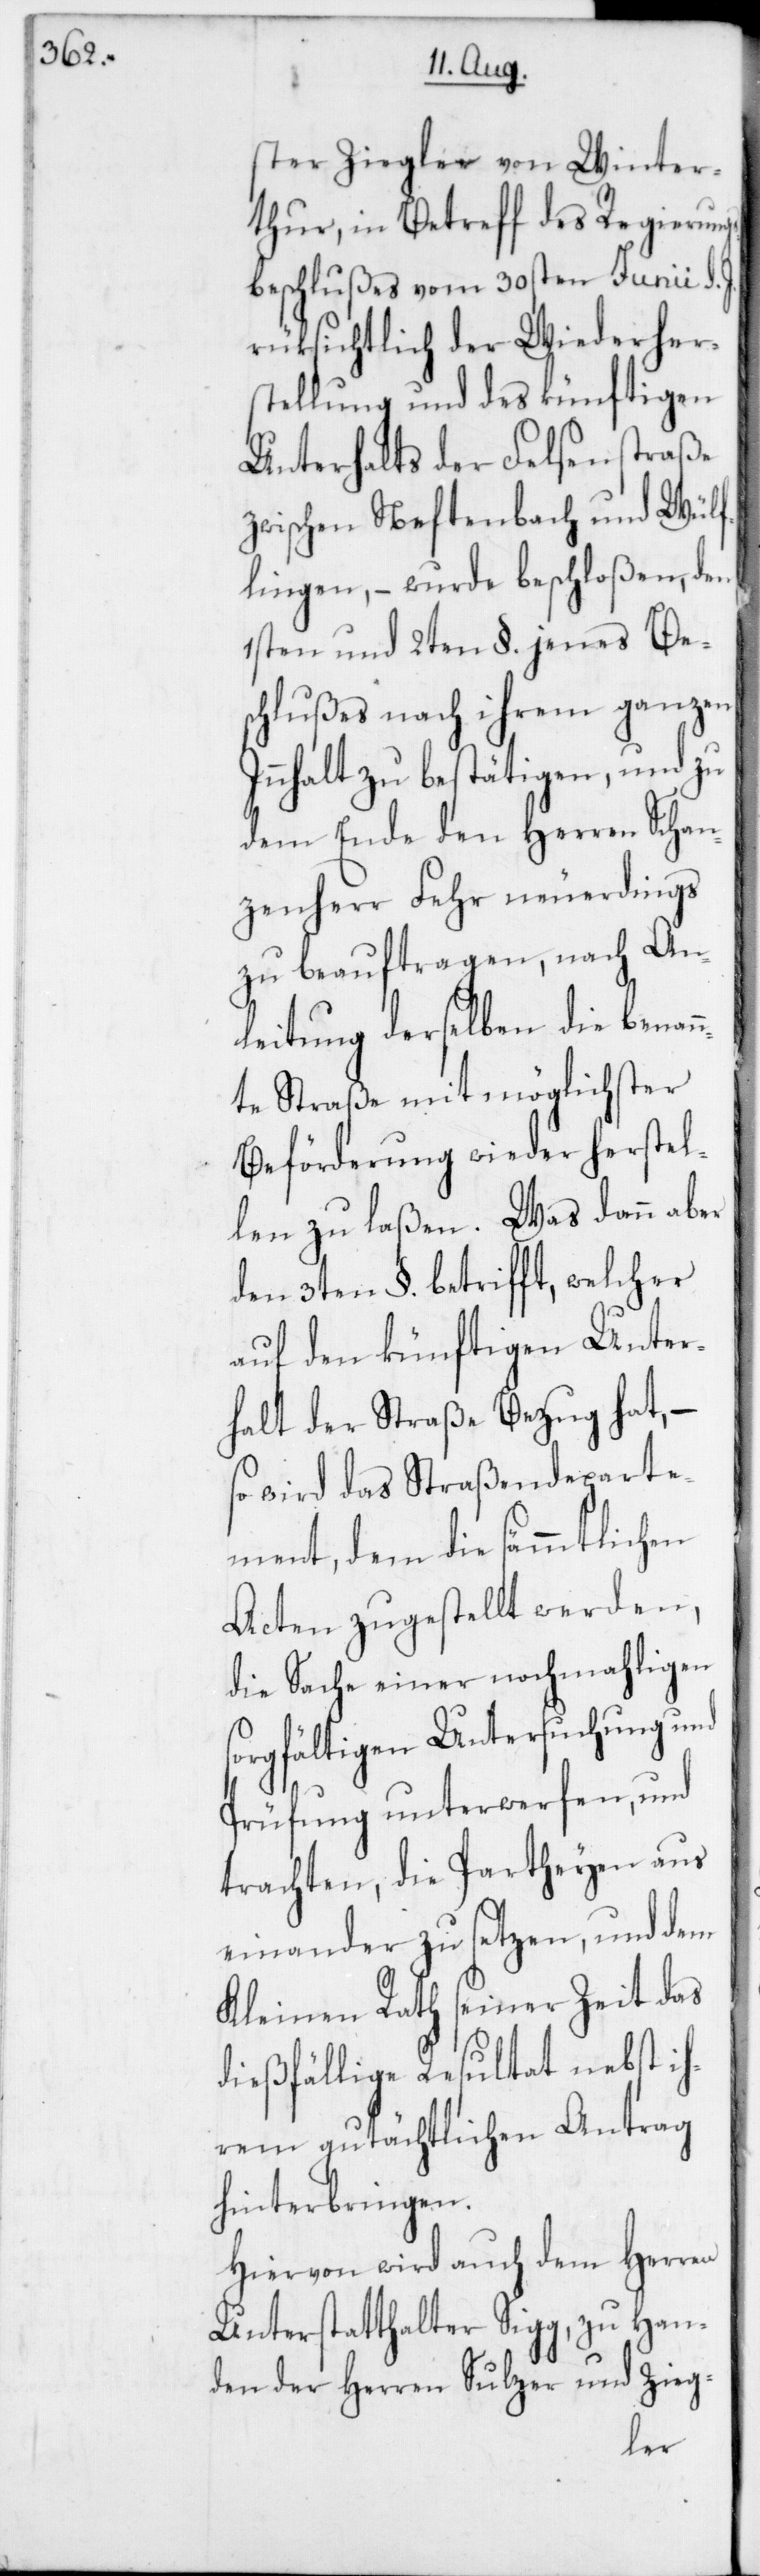
ster Ziegler von Winter¬
thur, in Betreff des Regierung¬
sbeschlußes vom 30sten Junii d.
rüksichtlich der Wiederher¬
stellung und des künftigen
Unterhalts der Felsenstraße
zwischen Neftenbach und Wül¬
flingen, – wurde beschloßen, den
1sten und 2ten §. jenes Be¬
schlußes nach ihrem ganzen
Innhalt zu bestätigen, und zu
dem Ende den Herren Schan¬
zenherr Fehr neuerdings
zu beauftragen, nach An¬
leitung derselben die benan¬
nte Straße mit möglichster
Beförderung wieder herstel¬
len zu laßen. Was dann aber
den 3ten §. betrifft, welcher
auf den künftigen Unter¬
halt der Straße Bezug hat, –
so wird das Straßendeparte¬
ment, dem die sämmtlichen
Acten zugestellt werden,
die Sache einer nochmahligen
sorgfältigen Untersuchung und
Prüfung unterwerfen, und
trachten, die Partheyen aus
einander zu setzen, und dem
Kleinen Rath seiner Zeit das
dießfällige Resultat nebst ih¬
rem gutächtlichen Antrag
hinterbringen.
Hiervon wird auch dem Herren
Unterstatthalter Sigg, zu Han¬
den der Herren Sulzer und Zieg-